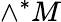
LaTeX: \wedge^{*}M